King Institute of Preventive Medicine Micro-Biological Section reports 1909-11
Year: 1909
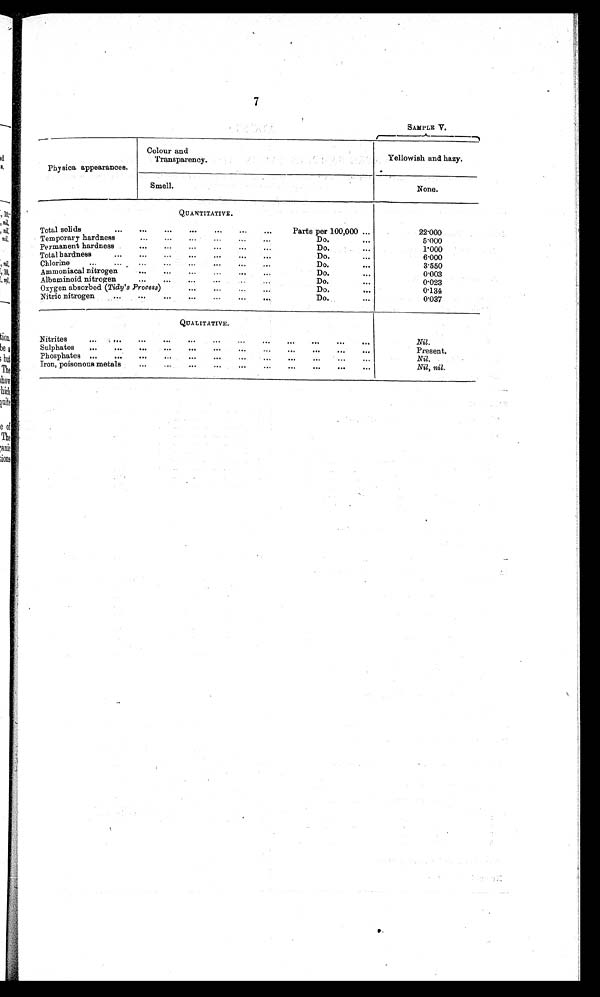
7
SAMPLE V.
Physica appearances.
Colour and
Transparency.
Yellowish and hazy.
Smel1.
None.
QUANTITATIVE.
Total solids
...
...
...
...
...
...
Parts per 100,000 ...
22.000
Temporary hardness...
Do.
5.000
Permanent hardness
...
...
...
...
...
Do.
...
1 . 0 0 0
Total hardness
...
...
...
...
...
Do.
. . .
6.000
Chlorine
...
...
...
...
Do.
. . .
3.550
Ammoniacal nitrogen
...
...
...
Do.
. . .
0.003
Albuminoid nitrogen
...
...
...
Do.
. . .
0.023
Oxygen absorbed (Tidy's Process)
...
... ...
Do.
. . .
0.134
Nitric nitrogen
...
...
...
...
...
...
Do.
. . .
0.037
QUALITATIVE.
Nitrites
...
....
...
...
. . .
N i l .
Sulphates
...
...
...
...
...
• • •
...
...
. . . . . .
Present.
Phosphates ...
...
...
...
...
...
Nil.
Iron, poisonous metals
...
...
...
...
...
...
...
Nil, nil .